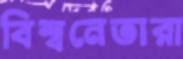
বিশ্বনেতারা